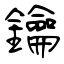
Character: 鑰